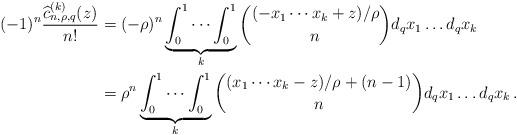
LaTeX: \begin{align*} (-1)^n\frac{\widehat c_{n,\rho,q}^{(k)}(z)}{n!}&=(-\rho)^n\underbrace{\int_0^1\cdots\int_0^1}_k\binom{(-x_1\cdots x_k+z)/\rho}{n}d_q x_1\dots d_q x_k\\&=\rho^n\underbrace{\int_0^1\cdots\int_0^1}_k\binom{(x_1\cdots x_k-z)/\rho+(n-1)}{n}d_q x_1\dots d_q x_k\,.\end{align*}